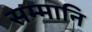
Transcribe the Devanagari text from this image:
सम्मानि